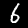
Label: 6